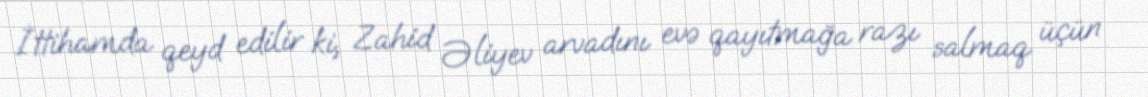
İttihamda qeyd edilir ki, Zahid Əliyev arvadını evə qayıtmağa razı salmaq üçün